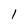
Character: 1